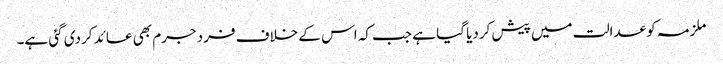
ملزمہ کو عدالت میں پیش کردیا گیا ہے جب کہ اس کے خلاف فرد جرم بھی عائد کردی گئی ہے۔